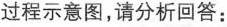
过程示意图，请分析回答：